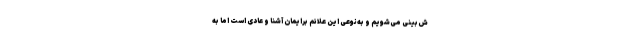
ش‌بینی می‌شویم و به‌نوعی این علائم برایمان آشنا و عادی است اما به‌